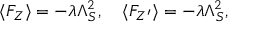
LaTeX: \langle F _ { Z } \rangle = - \lambda \Lambda _ { S } ^ { 2 } , \quad \langle F _ { Z ^ { \prime } } \rangle = - \lambda \Lambda _ { S } ^ { 2 } ,